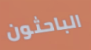
الباحثون